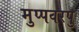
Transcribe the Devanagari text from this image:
मुप्पवरपु